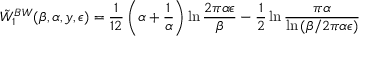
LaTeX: \tilde { W } _ { 1 } ^ { B W } ( \beta , \alpha , y , \epsilon ) = { \frac { 1 } { 1 2 } } \left( \alpha + { \frac { 1 } { \alpha } } \right) \ln { \frac { 2 \pi \alpha \epsilon } { \beta } } - \frac 1 2 \ln { \frac { \pi \alpha } { \ln { ( \beta / 2 \pi \alpha \epsilon ) } } }